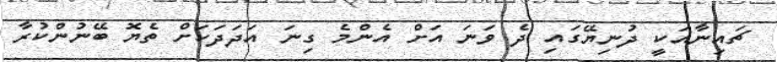
ޗައިނާއަކީ ދުނިޔޭގައި ދެ ވަނަ އަށް އެންމެ ގިނަ އަދަދަކަށް ތެޔޮ ބޭނުންކުރާ